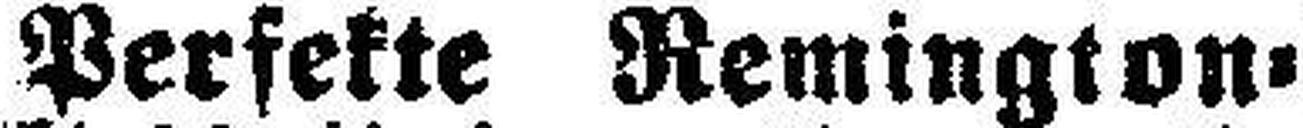
Perfekte Remington=